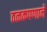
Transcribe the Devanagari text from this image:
ठळकपणाने